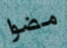
مضوا